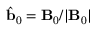
\hat { \mathbf { b } } _ { 0 } = \mathbf { B } _ { 0 } / | \mathbf { B } _ { 0 } |